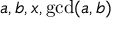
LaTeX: a , b , x , \operatorname* { g c d } ( a , b )